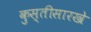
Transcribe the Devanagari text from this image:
कुस्तीसारखे